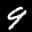
Label: 9